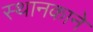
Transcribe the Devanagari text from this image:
स्थानकाने